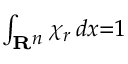
\scriptstyle \int _ { \mathbf { R } ^ { n } } \chi _ { r } \, d x = 1